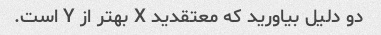
دو دلیل بیاورید که معتقدید X بهتر از Y است.